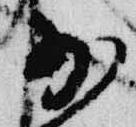
少